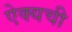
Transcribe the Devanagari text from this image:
ऐक्यची